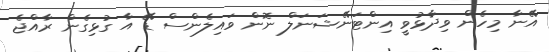
އޭނާ މިހެން ވިދާޅުވީ އިންޓަނޭޝަނަލް ނޮން ވައިލެންސް ޑޭ އާ ގުޅިގެން ރާއްޖެ